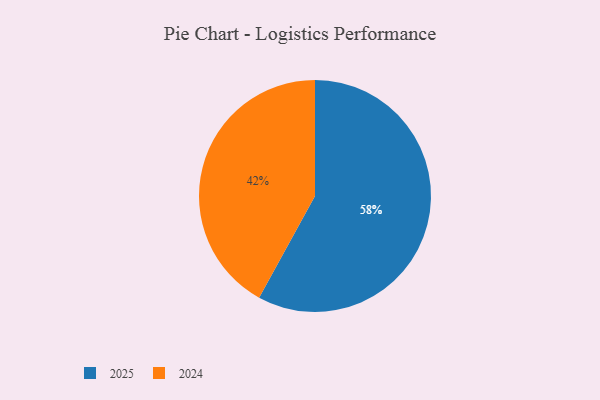
{"axis": {"x": "Category", "y": "Percentage"}, "legend": ["2024", "2025"], "data": [{"x": "2025", "y": 58, "type": "2025"}, {"x": "2024", "y": 42, "type": "2024"}]}